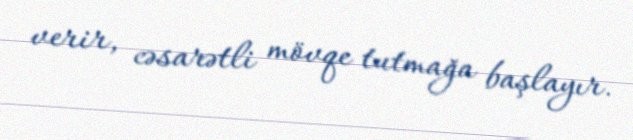
verir, cəsarətli mövqe tutmağa başlayır.